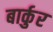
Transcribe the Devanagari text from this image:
बार्कुर